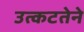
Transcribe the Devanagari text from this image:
उत्कटतेने